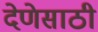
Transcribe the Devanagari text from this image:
देणेसाठी